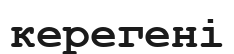
керегені